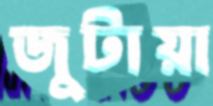
জুটায়া